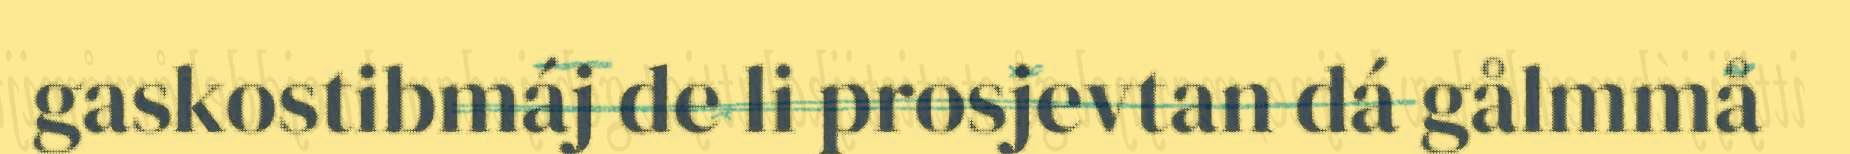
gaskostibmáj de li prosjevtan dá gålmmå